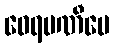
ဝေရမဏီပေ